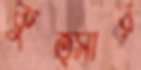
কুত্সার